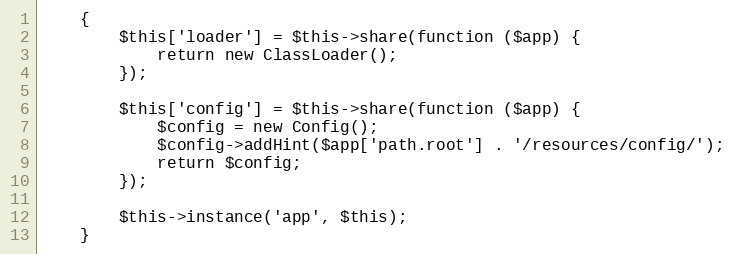
Language: PHP
	{
		$this['loader'] = $this->share(function ($app) {
			return new ClassLoader();
		});

		$this['config'] = $this->share(function ($app) {
			$config = new Config();
			$config->addHint($app['path.root'] . '/resources/config/');
			return $config;
		});

		$this->instance('app', $this);
	}